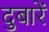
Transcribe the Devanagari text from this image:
दुबारें